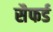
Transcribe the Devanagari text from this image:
सैफर्ड